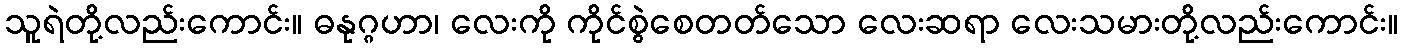
သူရဲတို့လည်းကောင်း။ ဓနုဂ္ဂဟာ၊ လေးကို ကိုင်စွဲစေတတ်သော လေးဆရာ လေးသမားတို့လည်းကောင်း။